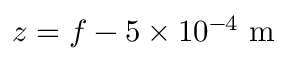
z = f - 5 \times 1 0 ^ { - 4 } ~ \mathrm { m }